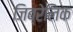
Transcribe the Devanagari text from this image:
जिब्रेलिक